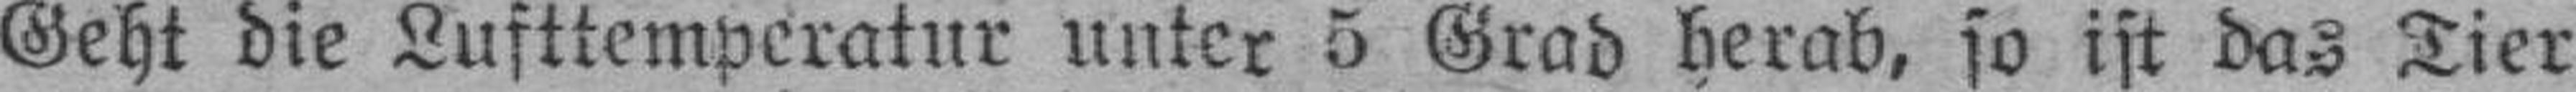
Geht die Lufttemperatur unter 5 Grad herab, so ist das Tier